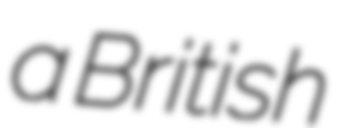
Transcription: a British